Indian journal of veterinary science and animal husbandry - Volume 13,
Year: 1943
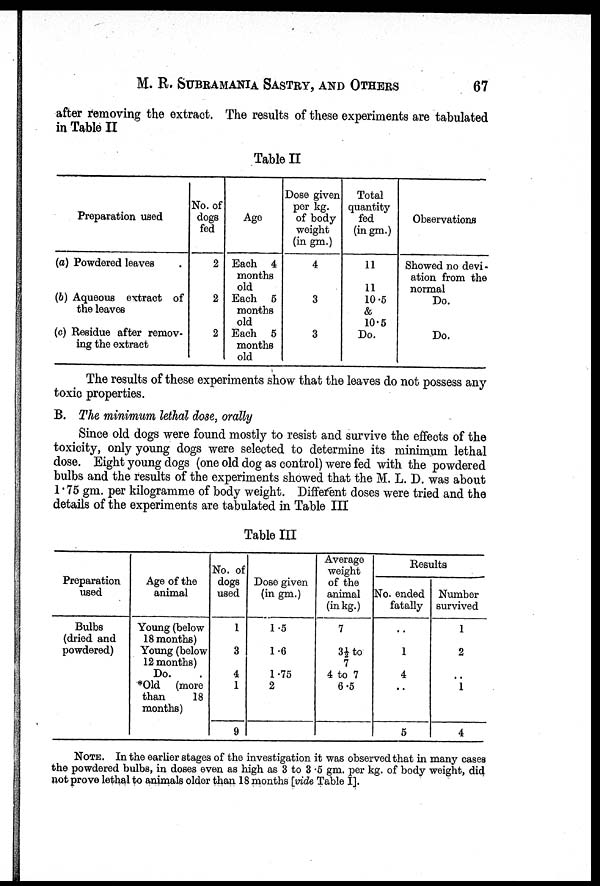
M. R. SUBRAMANIA SASTRY, AND OTHERS 67
after removing the extract. The results of these experiments are tabulated
in Table II
Table II
Preparation used
(a) Powdered leaves
(b) Aqueous extract of
the leaves
(c) Residue after remov-
ing the extract
No. of
dogs
fed
2
2
2
Age
Each 4
months
old
Each 5
months
old
Each 5
months
old
Dose given
per kg.
of body
weight
(in gm.)
4
3
3
Total
quantity-
fed
(in gm.)
11
11
10.5
&
10.5
Do.
Observations
Showed no devi-
ation from the
normal
Do.
Do.
The results of these experiments show that the leaves do not possess any
toxic properties.
B. The minimum lethal dose, orally
Since old dogs were found mostly to resist and survive the effects of the
toxicity, only young dogs were selected to determine its minimum lethal
dose. Eight young dogs (one old dog as control) were fed with the powdered
bulbs and the results of the experiments showed that the M. L. D. was about
1 . 75 gm. per kilogramme of body weight. Different doses were tried and the
details of the experiments are tabulated in Table III
Table III
Preparation
used
Bulbs
(dried and
powdered)
Age of the
animal
Young (below
18 months)
Young (below
12 months)
Do.
*Old (more
than
18
months)
No. of
dogs
used
1
3
4
1
9
Dose given
(in gm.)
1.5
1.6
1.75
2
Average
weight
of the
animal
(in kg.)
7
3½ to
7
4 to 7
6.5
Results
No. ended
fatally
..
1
4
5
Number
survived
1
2
..
1
4
NOTE. In the earlier stages of the investigation it was observed that in many cases
the powdered bulbs, in doses even as high as 3 to 3 .5 gm. per kg. of body weight, did
not prove lethal to animals older than 18 months [vide Table I].